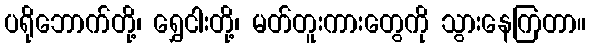
ပရိုဘောက်တို့၊ ရွှေငါးတို့၊ မတ်တူးကားတွေကို သွားနေကြတာ။